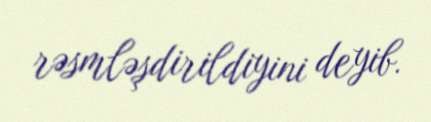
rəsmləşdirildiyini deyib.